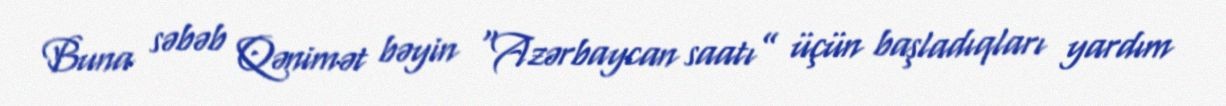
Buna səbəb Qənimət bəyin “Azərbaycan saatı” üçün başladıqları yardım